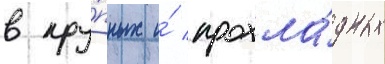
в кру́пных и́ прохла́дных